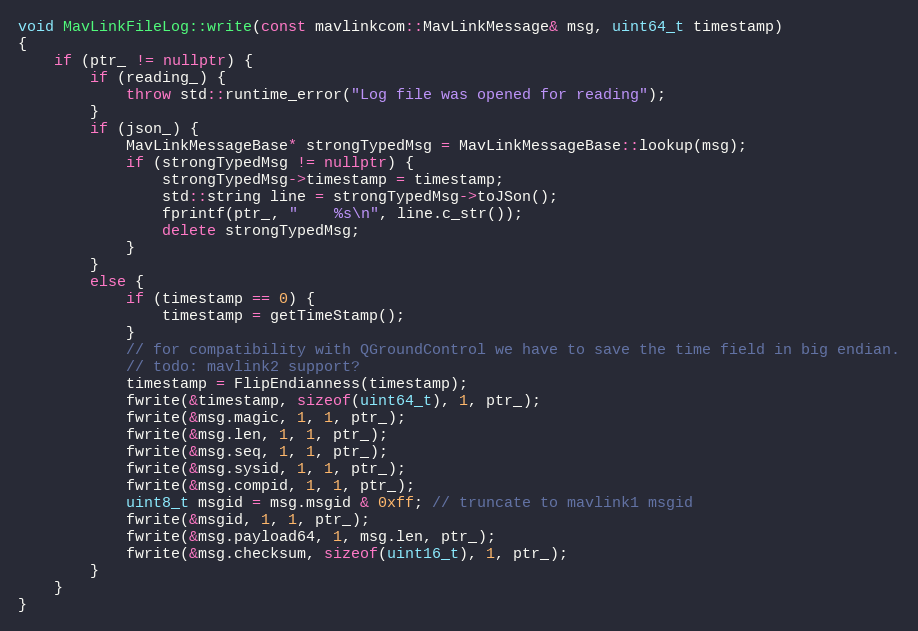
Language: C++
void MavLinkFileLog::write(const mavlinkcom::MavLinkMessage& msg, uint64_t timestamp)
{
	if (ptr_ != nullptr) {
		if (reading_) {
			throw std::runtime_error("Log file was opened for reading");
		}
		if (json_) {
			MavLinkMessageBase* strongTypedMsg = MavLinkMessageBase::lookup(msg);
			if (strongTypedMsg != nullptr) {
                strongTypedMsg->timestamp = timestamp;
				std::string line = strongTypedMsg->toJSon();
				fprintf(ptr_, "    %s\n", line.c_str());
                delete strongTypedMsg;
			}
		}
		else {
            if (timestamp == 0) {
                timestamp = getTimeStamp();
            }
			// for compatibility with QGroundControl we have to save the time field in big endian.
            // todo: mavlink2 support?
            timestamp = FlipEndianness(timestamp);
			fwrite(&timestamp, sizeof(uint64_t), 1, ptr_);
			fwrite(&msg.magic, 1, 1, ptr_);
			fwrite(&msg.len, 1, 1, ptr_);
			fwrite(&msg.seq, 1, 1, ptr_);
			fwrite(&msg.sysid, 1, 1, ptr_);
			fwrite(&msg.compid, 1, 1, ptr_);
            uint8_t msgid = msg.msgid & 0xff; // truncate to mavlink1 msgid
			fwrite(&msgid, 1, 1, ptr_);
			fwrite(&msg.payload64, 1, msg.len, ptr_);
			fwrite(&msg.checksum, sizeof(uint16_t), 1, ptr_);
		}
	}
}